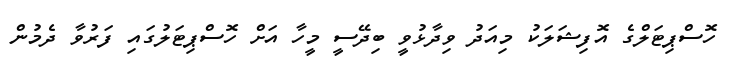
ހޮސްޕިޓަލްގެ އޮފިޝަލަކު މިއަދު ވިދާޅުވީ ބިދޭސީ މީހާ އަށް ހޮސްޕިޓަލުގައި ފަރުވާ ދެމުން